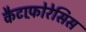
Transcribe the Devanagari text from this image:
कैटाफ़ोरेसिस